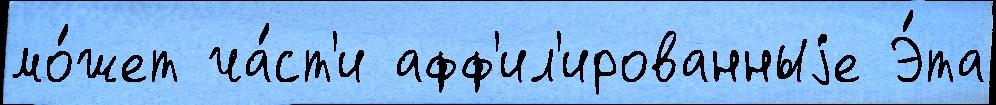
мо́жет ча́ст'и афф'ил'ированныjе Э́та